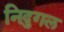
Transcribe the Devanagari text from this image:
निदुगल